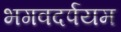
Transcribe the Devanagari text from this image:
भगवदर्पयम